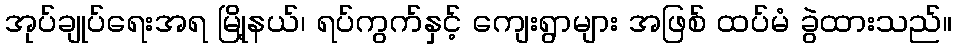
အုပ်ချုပ်ရေးအရ မြို့နယ်၊ ရပ်ကွက်နှင့် ကျေးရွာများ အဖြစ် ထပ်မံ ခွဲထားသည်။